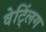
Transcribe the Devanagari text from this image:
वेट्लिंग